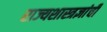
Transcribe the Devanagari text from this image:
राज्यशास्त्रज्ञांची